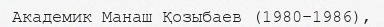
Академик Манаш Қозыбаев (1980–1986),